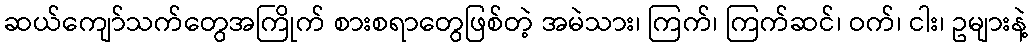
ဆယ်ကျော်သက်တွေအကြိုက် စားစရာတွေဖြစ်တဲ့ အမဲသား၊ ကြက်၊ ကြက်ဆင်၊ ဝက်၊ ငါး၊ ဥများနဲ့